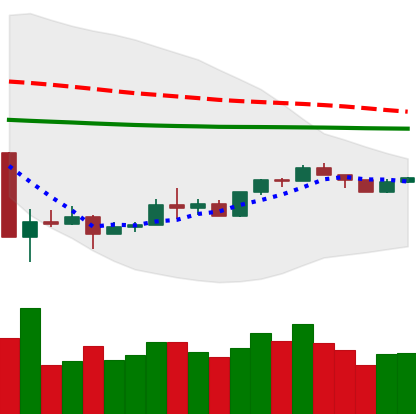
Ticker: XMR-USD
Chart end date: 2020-03-31
Forward return: 11.955%
Label: up_7plus